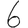
Digit: 6